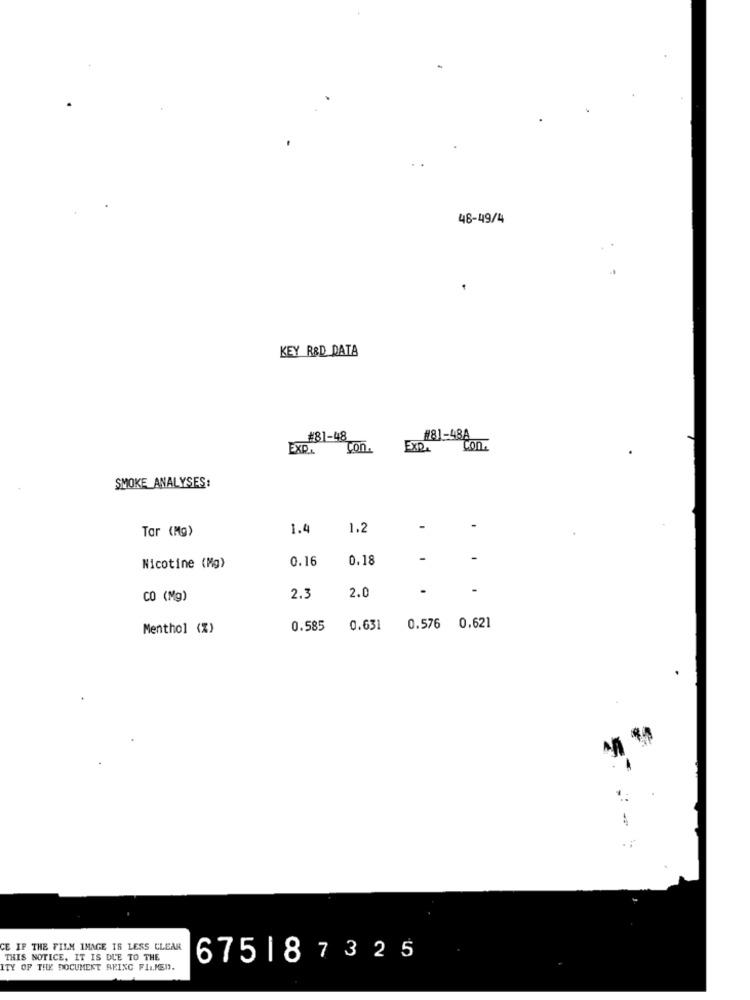
48-49/4
KEY R&D DATA
#81-48
#81-48A
EXDA
Con.
EXP.
Con.
SMOKE_ ANALYSES:
1.4
1.2
Tar (Mg)
0.16
0.18
Nicotine (Mg)
CO (Mg)
2.3
2.0
Menthol (%)
0.585
0.631
0.576 0.621
CE IF THE FILM IMAGE IS LESS CLEAR
THIS NOTICE, IT IS DUE TO THE
675187325
ITY OF THE DOCUMENT ARING FILMED.